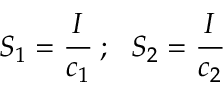
S _ { 1 } = { \cfrac { I } { c _ { 1 } } } ~ ; ~ ~ S _ { 2 } = { \cfrac { I } { c _ { 2 } } }